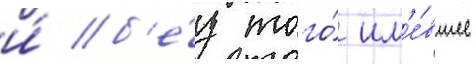
и́ б'е́з того́ им'е́вшее